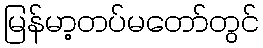
မြန်မာ့တပ်မတော်တွင်